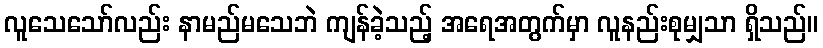
လူသေသော်လည်း နာမည်မသေဘဲ ကျန်ခဲ့သည့် အရေအတွက်မှာ လူနည်းစုမျှသာ ရှိသည်။